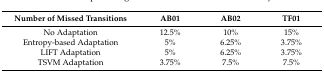
| Number of Missed Transitions | AB01 | AB02 | TF01 |
 | --- | --- | --- | --- |
 | No Adaptation | 12.5% | 10% | 15% |
 | Entropy-based Adaptation | 5% | 6.25% | 3.75% |
 | LIFT Adaptation | 5% | 6.25% | 3.75% |
 | TSVM Adaptation | 3.75% | 7.5% | 7.5% |